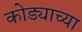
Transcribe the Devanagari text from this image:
कोड्याच्या